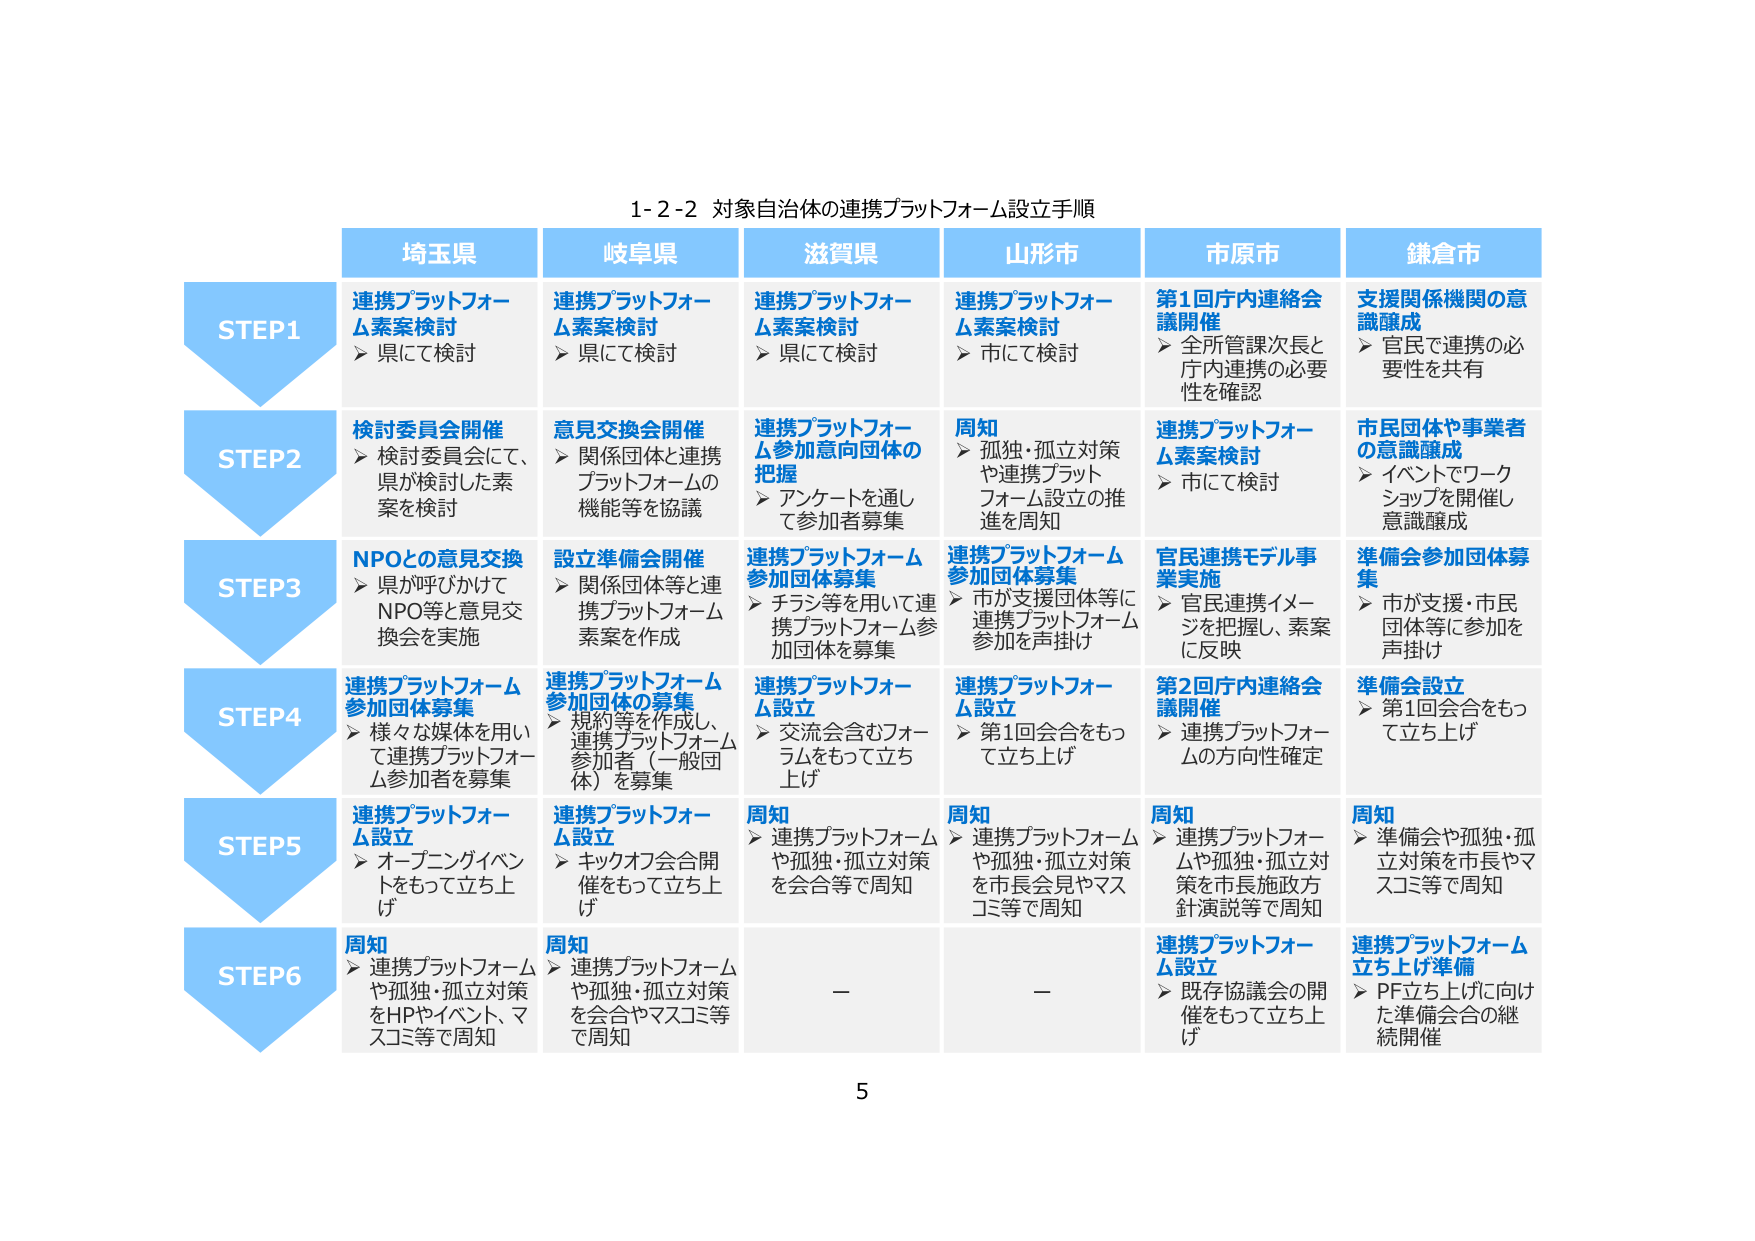
1-2-2 対象自治体の連携プラットフォーム設立手順

埼玉県
STEP1 連携プラットフォーム素案検討
➤ 県にて検討

STEP2 検討委員会開催
➤ 検討委員会にて、県が検討した素案を検討

STEP3 NPOとの意見交換
➤ 県が呼びかけてNPO等と意見交換会を実施

STEP4 連携プラットフォーム参加団体募集
➤ 様々な媒体を用いて連携プラットフォーム参加者を募集

STEP5 連携プラットフォーム設立
➤ オープニングイベントをもって立ち上げ

STEP6 周知
➤ 連携プラットフォームや孤独・孤立対策をHPやイベント、マスコミ等で周知

岐阜県
STEP1 連携プラットフォーム素案検討
➤ 県にて検討

STEP2 意見交換会開催
➤ 関係団体と連携プラットフォームの機能等を協議

STEP3 設立準備会開催
➤ 関係団体等と連携プラットフォーム素案を作成

STEP4 連携プラットフォーム参加団体の募集
➤ 規約等を作成し、連携プラットフォーム参加者（一般団体）を募集

STEP5 連携プラットフォーム設立
➤ キックオフ会合開催をもって立ち上げ

STEP6 周知
➤ 連携プラットフォームや孤独・孤立対策を会合やマスコミ等で周知

滋賀県
STEP1 連携プラットフォーム素案検討
➤ 県にて検討

STEP2 連携プラットフォーム参加意向団体の把握
➤ アンケートを通して参加者募集

STEP3 連携プラットフォーム参加団体募集
➤ チラシ等を用いて連携プラットフォーム参加団体を募集

STEP4 連携プラットフォーム設立
➤ 交流会含むフォーラムをもって立ち上げ

STEP5 周知
➤ 連携プラットフォームや孤独・孤立対策を会合等で周知

STEP6 －

山形市
STEP1 連携プラットフォーム素案検討
➤ 市にて検討

STEP2 周知
➤ 孤独・孤立対策や連携プラットフォーム設立の推進を周知

STEP3 連携プラットフォーム参加団体募集
➤ 市が支援団体等に連携プラットフォーム参加を声掛け

STEP4 連携プラットフォーム設立
➤ 第1回会合をもって立ち上げ

STEP5 周知
➤ 連携プラットフォームや孤独・孤立対策を市長会見やマスコミ等で周知

STEP6 －

市原市
STEP1 第1回庁内連絡会議開催
➤ 全所管課次長と庁内連携の必要性を確認

STEP2 連携プラットフォーム素案検討
➤ 市にて検討

STEP3 官民連携モデル事業実施
➤ 官民連携イメージを把握し、素案に反映

STEP4 第2回庁内連絡会議開催
➤ 連携プラットフォームの方向性確定

STEP5 周知
➤ 連携プラットフォームや孤独・孤立対策を市長施政方針演説等で周知

STEP6 連携プラットフォーム設立
➤ 既存協議会の開催をもって立ち上げ

鎌倉市
STEP1 支援関係機関の意識醸成
➤ 官民で連携の必要性を共有

STEP2 市民団体や事業者の意識醸成
➤ イベントでワークショップを開催し意識醸成

STEP3 準備会参加団体募集
➤ 市が支援・市民団体等に参加を声掛け

STEP4 準備会設立
➤ 第1回会合をもって立ち上げ

STEP5 周知
➤ 準備会や孤独・孤立対策を市長やマスコミ等で周知

STEP6 連携プラットフォーム立ち上げ準備
➤ PF立ち上げに向けた準備会合の継続開催

5